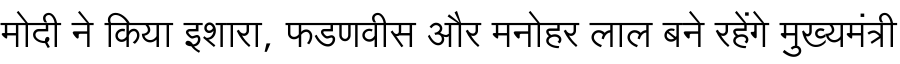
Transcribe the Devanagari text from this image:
मोदी ने किया इशारा, फडणवीस और मनोहर लाल बने रहेंगे मुख्यमंत्री